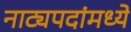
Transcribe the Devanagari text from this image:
नाट्यपदांमध्ये